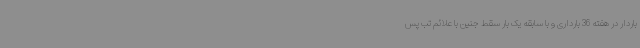
باردار در هفته 36 بارداری و با سابقه یک بار سقط جنین با علائم تب پس